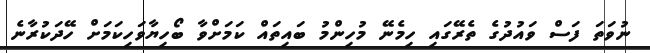
ނުވަތަ ފަސް ވައުދުގެ ތެރޭގައި ހިމެނޭ މުހިންމު ބައިތައް ކަމަށްވާ ބޯހިޔާވަހިކަމަށް ހޭދަކުރާނެ